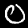
Digit: 0